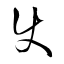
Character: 使